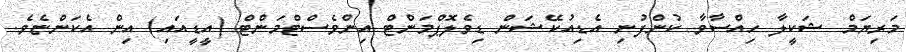
މަރިޔަމް ޝަކީލާ ހިއްސާވާ ކުންފުނި އެޑިއުކޭޝަން ޑިވެލޮޕްމަންޓް އިންވެސްޓްމަންޓް (އީޑީއައި) އިން އެކަންޏެވެ.